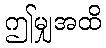
ဤမျှအထိ